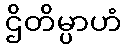
ဌိတိမ္ပာဟံ